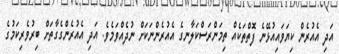
އަދި އެއުރެން ކިޔަވައިއުޅޭނެ ފޮތްތަކެއް ތިމަންރަސްކަލާނގެ އެއުރެންނަކަށް ނުދެއްވަމެވެ. އަދި އެއުރެންގެގާތަށް ބިރުވެރިކަމުގެ